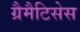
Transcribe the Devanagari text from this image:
ग्रैमैटिसेस